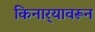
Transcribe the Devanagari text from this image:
किनार्‍यावरून